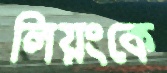
লিয়ংকে